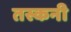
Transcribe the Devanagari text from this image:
तस्कनी